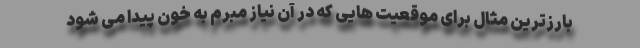
بارزترین مثال برای موقعیت هایی که در آن نیاز مبرم به خون پیدا می شود